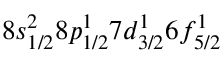
8 s _ { 1 / 2 } ^ { 2 } 8 p _ { 1 / 2 } ^ { 1 } 7 d _ { 3 / 2 } ^ { 1 } 6 f _ { 5 / 2 } ^ { 1 }